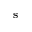
\mathbf { s }